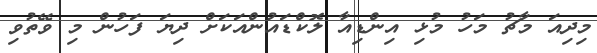
މިދިއަ މާޗު މަހު މުޅި އިންޑިއާ ލޮކްޑައުންއަކަށް ދިޔަ ފަހުން މި ވޭތުވި